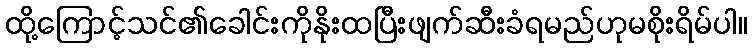
ထို့ကြောင့်သင်၏ခေါင်းကိုနိုးထပြီးဖျက်ဆီးခံရမည်ဟုမစိုးရိမ်ပါ။